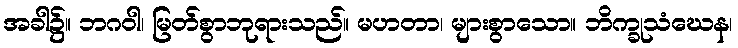
အခါ၌။ ဘဂဝါ၊ မြတ်စွာဘုရားသည်။ မဟတာ၊ များစွာသော။ ဘိက္ခုသံဃေန၊